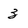
Character: 3